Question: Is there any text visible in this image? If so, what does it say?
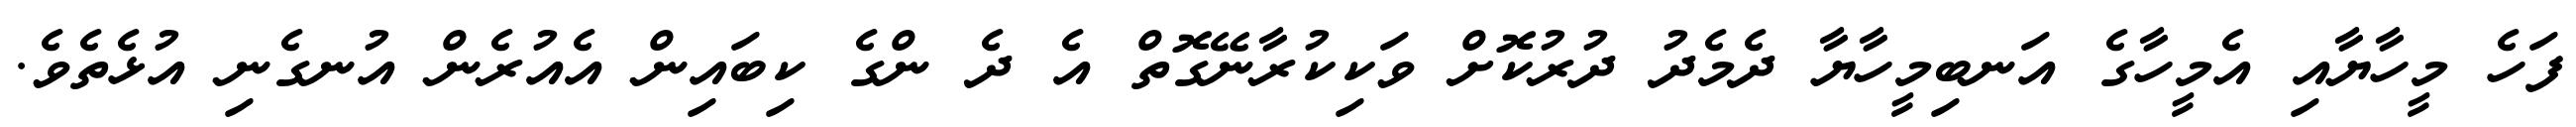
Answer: ފަހެ މީހާޔާއި އެމީހާގެ އަނބިމީހާޔާ ދެމެދު ދުރުކޮށް ވަކިކުރާނޭގޮތް އެ ދެ ންގެ ކިބައިން އެއުރެން އުނގެނި އުޅެތެވެ.